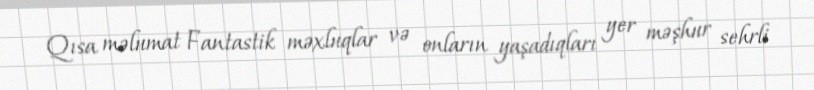
Qısa məlumat Fantastik məxluqlar və onların yaşadıqları yer məşhur sehrli